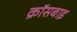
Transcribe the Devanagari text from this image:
क्रॉसबाइ